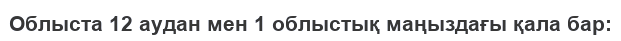
Облыста 12 аудан мен 1 облыстық маңыздағы қала бар: